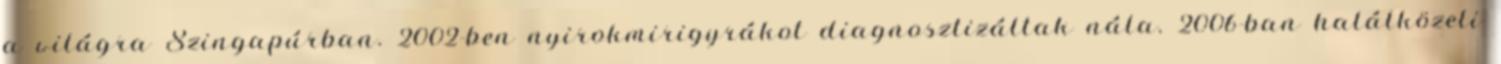
a világra Szingapúrban. 2002-ben nyirokmirigyrákot diagnosztizáltak nála. 2006-ban halálközeli